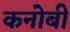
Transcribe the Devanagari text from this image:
कनोबी